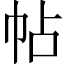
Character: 帖